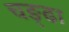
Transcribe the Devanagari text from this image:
चङ्ढा